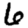
Digit: 6